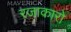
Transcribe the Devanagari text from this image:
रजाकारो